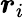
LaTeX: \boldsymbol{r}_{i}